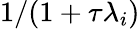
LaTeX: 1/(1+\tau\lambda_{i})